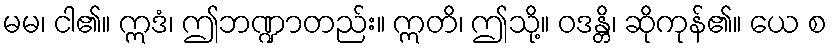
မမ၊ ငါ၏။ ဣဒံ၊ ဤဘဏ္ဍာတည်း။ ဣတိ၊ ဤသို့။ ဝဒန္တိ၊ ဆိုကုန်၏။ ယေ စ